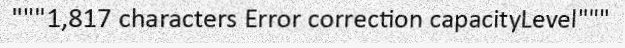
"""1,817 characters Error correction capacityLevel"""